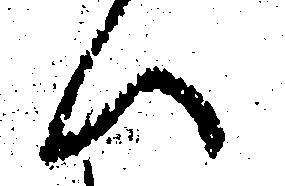
へ